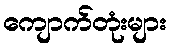
ကျောက်တုံးများ